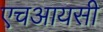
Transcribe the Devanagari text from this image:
एचआयसी